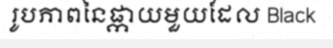
រូបភាពនៃផ្កាយមួយដែល Black